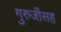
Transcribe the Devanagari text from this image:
गुरुजींसह